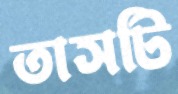
তাসটি